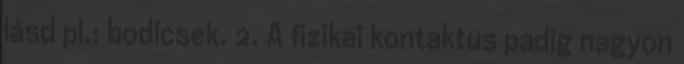
lásd pl.: bodicsek. 2. A fizikai kontaktus padig nagyon